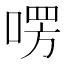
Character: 㗄